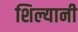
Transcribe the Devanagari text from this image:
शिल्यानी